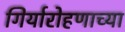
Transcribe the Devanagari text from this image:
गिर्यारोहणाच्या